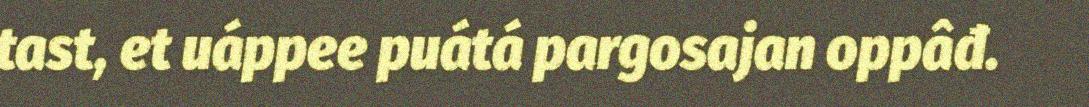
tast, et uáppee puátá pargosajan oppâđ.